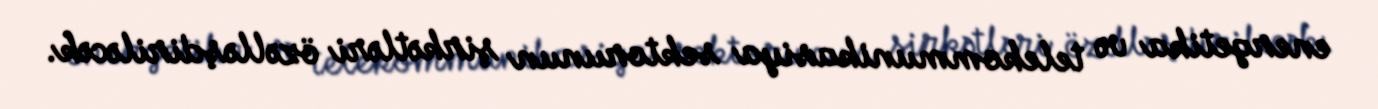
energetika və telekommunikasiya sektorunun şirkətləri özəlləşdiriləcək.